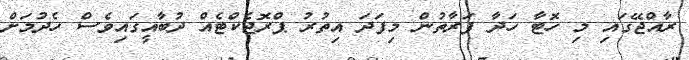
ރާއްޖޭގައި މި ހޮޓާ ހަދާ ފަރާތުން މިފަދަ އިތުރު ޕްރޮޖެކްޓެއް ދުބާއީގައިވެސް ހެދުމަށް